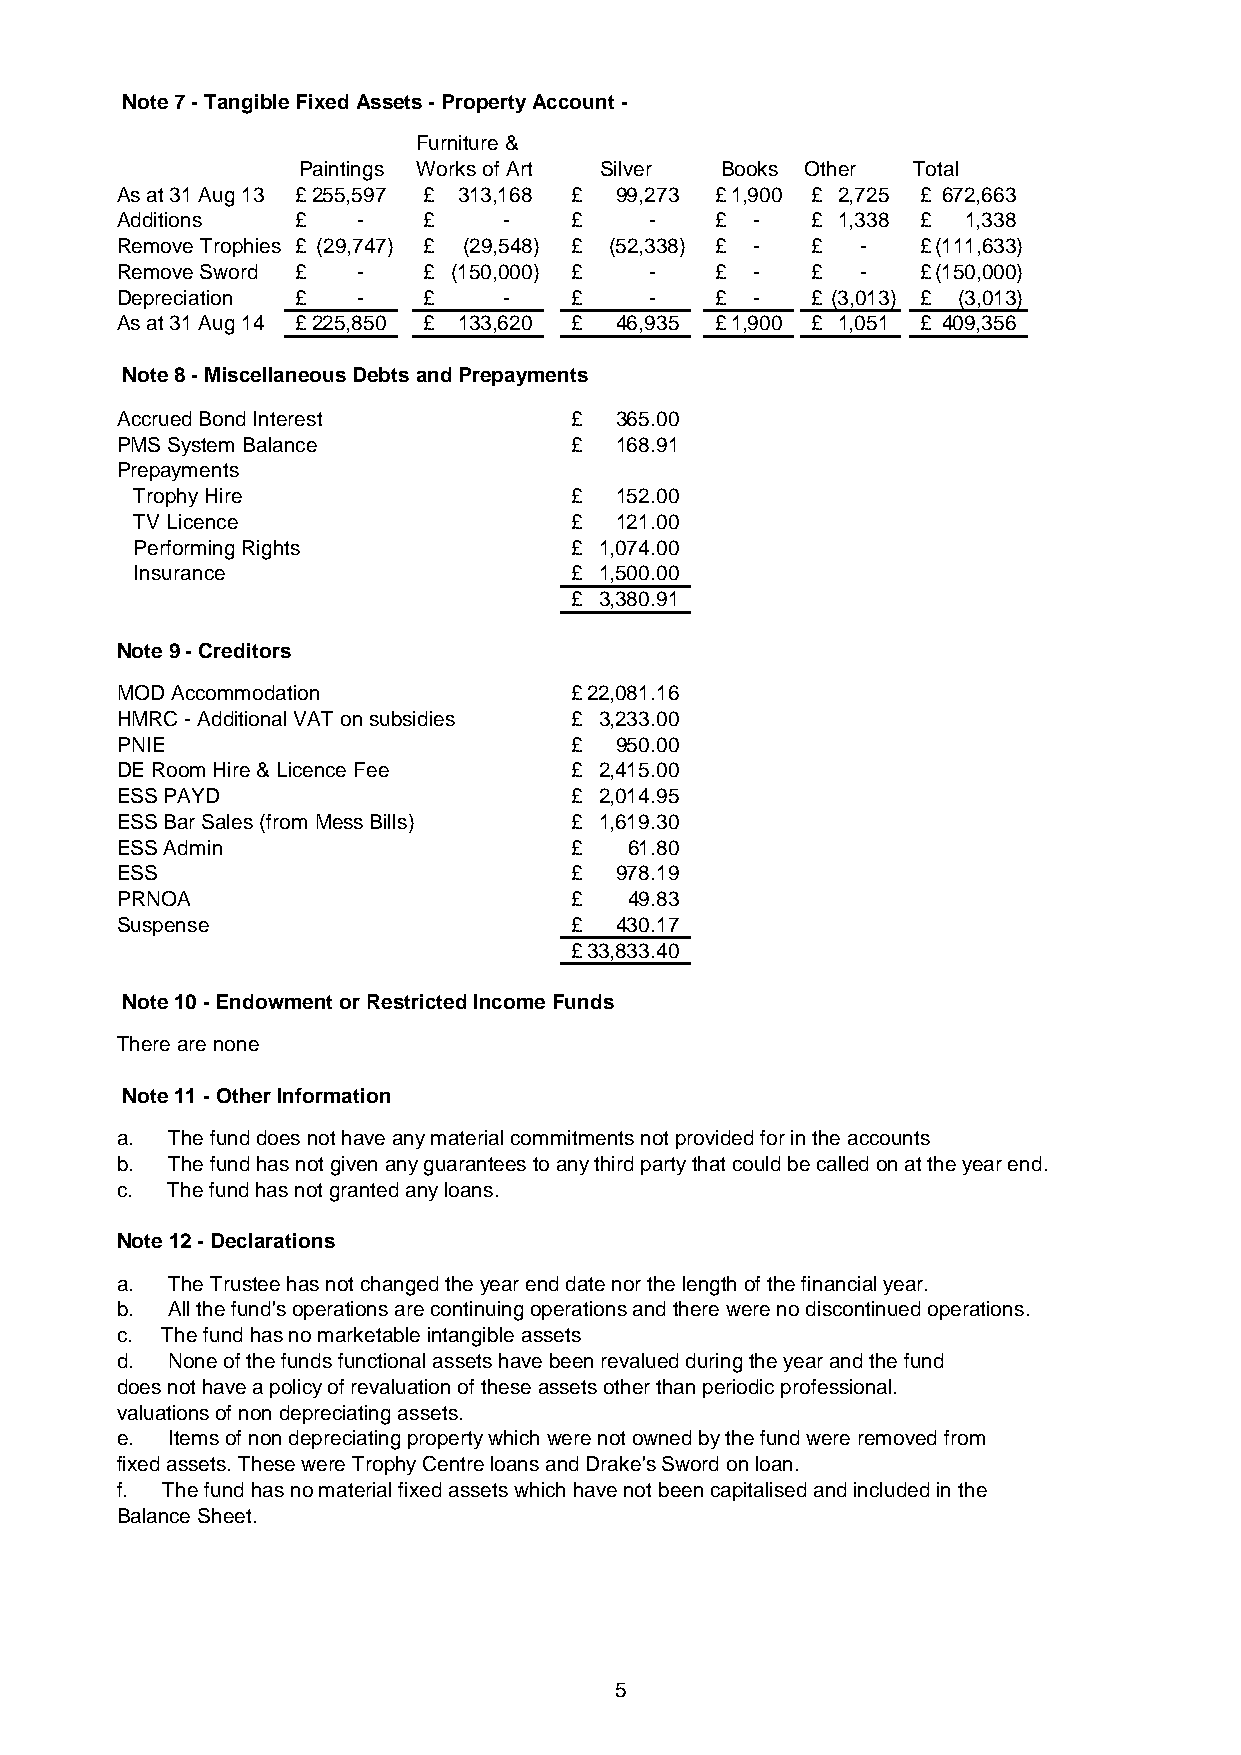
Note 7 - Tangible Fixed Assets - Property Account -
 Furniture &
 Paintings Works of Art Silver Books Other Total
 As at 31 Aug 13 £ 255,597 £ 313,168 £ 99,273 £ 1,900 £ 2,725 £ 672,663
 Additions   £   -   £    -    £    -   £  -   £ 1,338 £ 1,338
 Remove Trophies £ (29,747) £ (29,548) £ (52,338) £ - £ - £ (111,633)
 Remove Sword £  -   £ (150,000) £  -   £  -   £  -   £ (150,000)
 Depreciation £  -   £    -    £    -   £  -   £ (3,013) £ (3,013)
 As at 31 Aug 14 £ 225,850 £ 133,620 £ 46,935 £ 1,900 £ 1,051 £ 409,356
 Note 8 - Miscellaneous Debts and Prepayments
 Accrued Bond Interest         £  365.00
 PMS System Balance            £  168.91
 Prepayments
 Trophy Hire                  £  152.00
 TV Licence                   £  121.00
 Performing Rights            £ 1,074.00
 Insurance                    £ 1,500.00
 £ 3,380.91
 Note 9 - Creditors
 MOD Accommodation             £ 22,081.16
 HMRC - Additional VAT on subsidies £ 3,233.00
 PNIE                          £  950.00
 DE Room Hire & Licence Fee    £ 2,415.00
 ESS PAYD                      £ 2,014.95
 ESS Bar Sales (from Mess Bills) £ 1,619.30
 ESS Admin                     £   61.80
 ESS                           £  978.19
 PRNOA                         £   49.83
 Suspense                      £  430.17
 £ 33,833.40
 Note 10 - Endowment or Restricted Income Funds
 There are none
 Note 11 - Other Information
 a. The fund does not have any material commitments not provided for in the accounts
 b. The fund has not given any guarantees to any third party that could be called on at the year end.
 c. The fund has not granted any loans.
 Note 12 - Declarations
 a. The Trustee has not changed the year end date nor the length of the financial year.
 b. All the fund's operations are continuing operations and there were no discontinued operations.
 c. The fund has no marketable intangible assets
 d. None of the funds functional assets have been revalued during the year and the fund
 does not have a policy of revaluation of these assets other than periodic professional.
 valuations of non depreciating assets.
 e. Items of non depreciating property which were not owned by the fund were removed from
 fixed assets. These were Trophy Centre loans and Drake's Sword on loan.
 f. The fund has no material fixed assets which have not been capitalised and included in the
 Balance Sheet.
 5